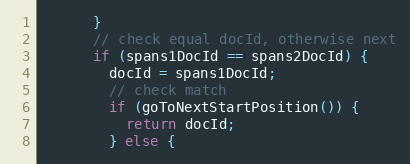
Language: Java
      }
      // check equal docId, otherwise next
      if (spans1DocId == spans2DocId) {
        docId = spans1DocId;
        // check match
        if (goToNextStartPosition()) {
          return docId;
        } else {